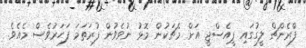
ފްރެންޗް ލީގުގައި ޕީއެސްޖީ އަށް މެޗަކުން މޮޅު ނުވެވުން ފުރަތަމަ ފަހަރުވެސް މެއެވެ.